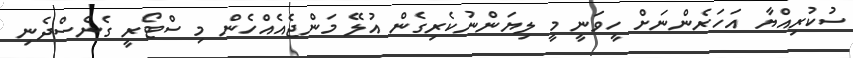
ސުކުރިއްޔާ އަހަރެންނަށް ހީވަނީ މީ ލިޔަންނުކެރިގެން އުލޭ މަންޖެއެއްހެން މި ސްޓޯރީ ގެނެސްދެނި